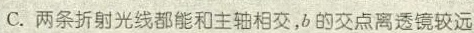
C.两条折射光线都能和主轴相交，b的交点离透镜较远